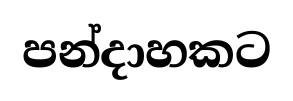
පන්දාහකට